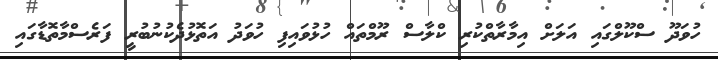
ހުވަދޫ ސްކޫލްގައި އަލަށް އިމާރާތްކުރި ކްލާސް ރޫމްތައް ހުޅުވައިފި ހުވަދު އަތޮޅުދެކުނުބުރީ ފަރެސްމާތޮޑާގައި